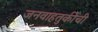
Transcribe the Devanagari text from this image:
जनवाहतुकीची